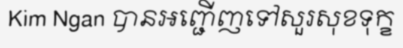
Kim Ngan បានអញ្ជើញទៅសួរសុខទុក្ខ